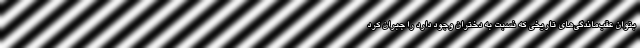
بتوان عقب‌ماندگی‌های تاریخی که نسبت به دختران وجود دارد را جبران کرد